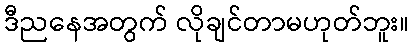
ဒီညနေအတွက် လိုချင်တာမဟုတ်ဘူး။